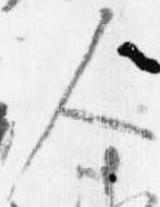
人